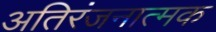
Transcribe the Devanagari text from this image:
अतिरंजनात्मक